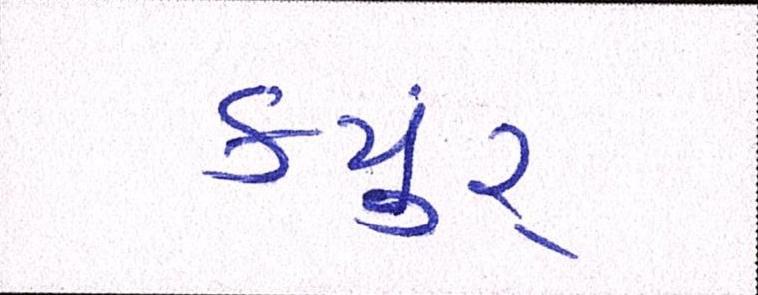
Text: કયુંર્